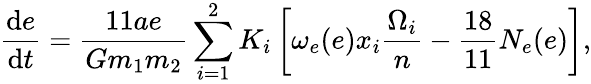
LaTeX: \frac{\mathrm{d}e}{\mathrm{d}t}=\frac{11ae}{Gm_{1}m_{2}}\sum_{i=1}^{2}K_{i}\left[\omega_{e}(e)x_{i}\frac{\Omega_{i}}{n}-\frac{18}{11}N_{e}(e)\right],